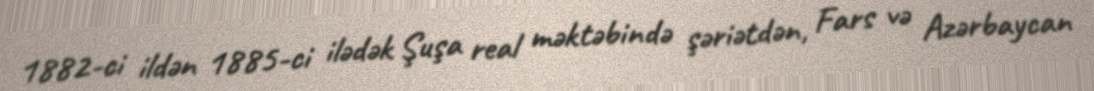
1882-ci ildən 1885-ci ilədək Şuşa real məktəbində şəriətdən, Fars və Azərbaycan